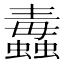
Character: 𧔄